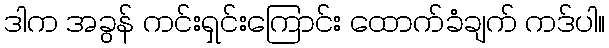
ဒါက အခွန် ကင်းရှင်းကြောင်း ထောက်ခံချက် ကဒ်ပါ။